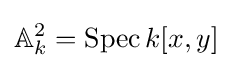
\mathbb {A} _{k}^{2}=\operatorname {Spec} k[x,y]